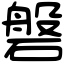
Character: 磐